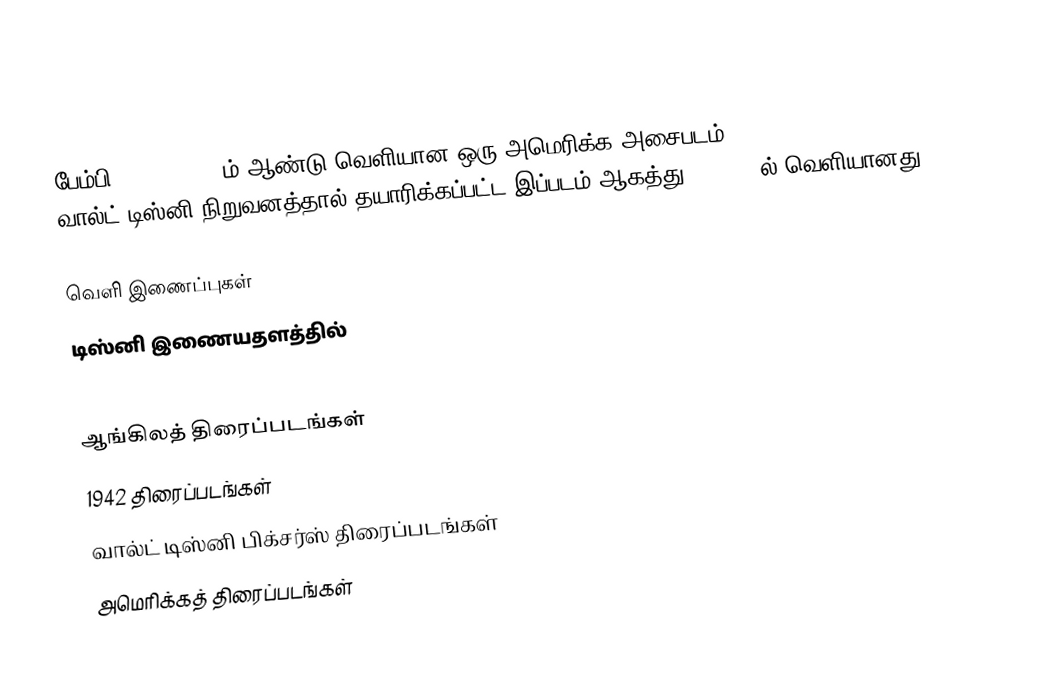
பேம்பி (Bambi) 1942ம் ஆண்டு வெளியான ஒரு அமெரிக்க அசைபடம் (animated movie). வால்ட் டிஸ்னி நிறுவனத்தால் தயாரிக்கப்பட்ட இப்படம் ஆகத்து 13, 1942ல் வெளியானது.

வெளி இணைப்புகள்
 டிஸ்னி இணையதளத்தில்

ஆங்கிலத் திரைப்படங்கள்
1942 திரைப்படங்கள்
வால்ட் டிஸ்னி பிக்சர்ஸ் திரைப்படங்கள்
அமெரிக்கத் திரைப்படங்கள்